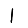
Digit: 1